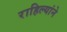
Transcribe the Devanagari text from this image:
राहिल्यांने